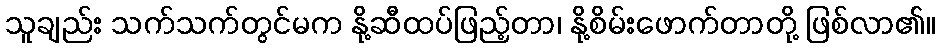
သူချည်း သက်သက်တွင်မက နို့ဆီထပ်ဖြည့်တာ၊ နို့စိမ်းဖောက်တာတို့ ဖြစ်လာ၏။